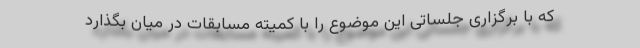
که با برگزاری جلساتی این موضوع را با کمیته مسابقات در میان بگذارد